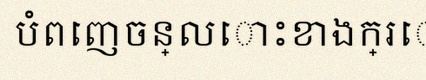
បំពេញចន្លោះខាងក្រោម